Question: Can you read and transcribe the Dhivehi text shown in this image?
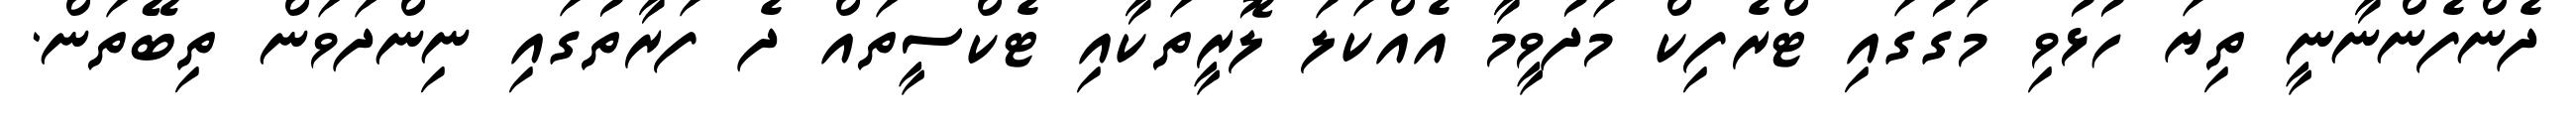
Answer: ދެންފެންނާނީ ތިޔަ ހުޅުވި މަގުގައި ޓްރެފިކް މަދުވީމާ އެއްކަލަ ލޮރީތަކާއި ޓެކްސީތައް ދެ ފަރާތުގައި ނިންދަވަން ތިބޭތަން.